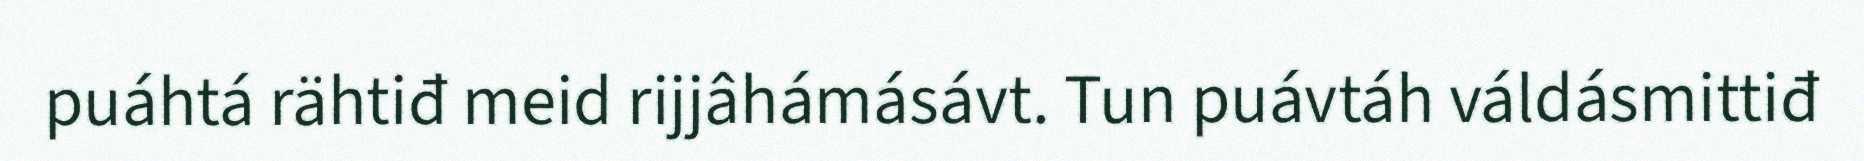
puáhtá rähtiđ meid rijjâhámásávt. Tun puávtáh váldásmittiđ